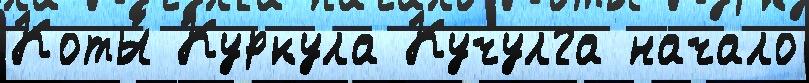
Коты́ Куркула Кучулга начало